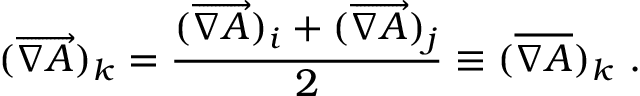
( \overrightarrow { \nabla A } ) _ { k } = \frac { ( \overrightarrow { \nabla A } ) _ { i } + ( \overrightarrow { \nabla A } ) _ { j } } { 2 } \equiv ( \overline { { \nabla A } } ) _ { k } \mathrm { ~ . ~ }